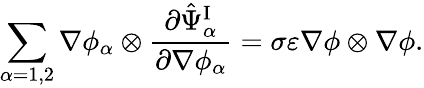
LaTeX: \begin{array}{r}{\displaystyle\sum_{\alpha=1,2}\nabla\phi_{\alpha}\otimes\frac{\partial\hat{\Psi}_{\alpha}^{\mathrm{I}}}{\partial\nabla\phi_{\alpha}}=\sigma\varepsilon\nabla\phi\otimes\nabla\phi.}\end{array}